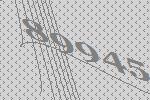
89945